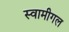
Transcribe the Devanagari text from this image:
स्वामीगल